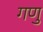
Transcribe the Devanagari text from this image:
गणु